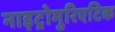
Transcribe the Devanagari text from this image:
नाइट्रोमुरिएटिक